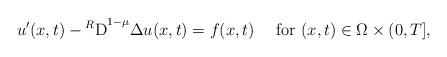
LaTeX: \begin{align*} u'(x,t) - {^{R}{\rm D}}^{1-\mu} \Delta u(x,t) = f(x,t) \quad\mbox{ for } (x,t)\in \Omega\times (0,T],\end{align*}